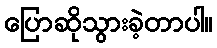
ပြောဆိုသွားခဲ့တာပါ။